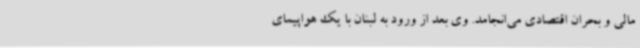
مالی و بحران اقتصادی می‌انجامد. وی بعد از ورود به لبنان با یک هواپیمای